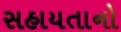
સહાયતાનો